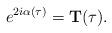
LaTeX: \begin{align*}e^{2i\alpha(\tau)}={\bf T}(\tau).\end{align*}